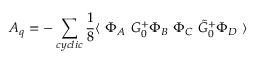
{ \cal A } _ { q } = - \sum _ { c y c l i c } \frac { 1 } { 8 } \langle ~ \Phi _ { A } ~ G _ { 0 } ^ { + } \Phi _ { B } ~ \Phi _ { C } ~ \tilde { G } _ { 0 } ^ { + } \Phi _ { D } ~ \rangle